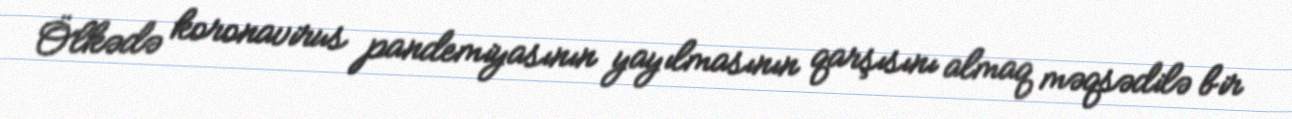
Ölkədə koronavirus pandemiyasının yayılmasının qarşısını almaq məqsədilə bir